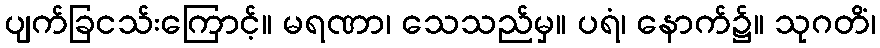
ပျက်ခြငသ်းကြောင့်။ မရဏာ၊ သေသည်မှ။ ပရံ၊ နောက်၌။ သုဂတိံ၊